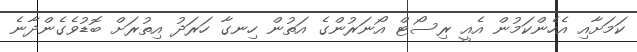
ކަމަށާއި އެހެންކަމުން އެއީ ރިސޯޓް އޯނަރުންގެ އަތުން ހިނގާ ހަރަދު އިތުރަށް ބޮޑުވެގެންދާނެ